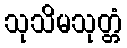
သုသိမသုတ္တံ